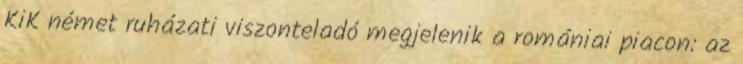
KiK német ruházati viszonteladó megjelenik a romániai piacon: az